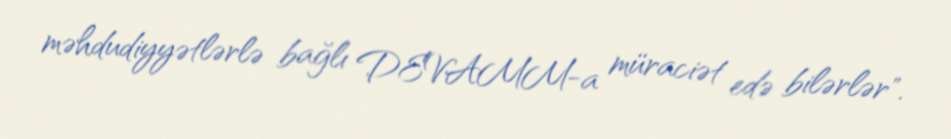
məhdudiyyətlərlə bağlı DEVAMM-a müraciət edə bilərlər".